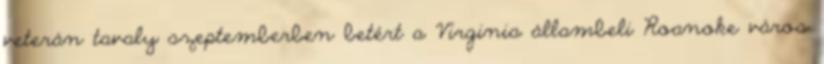
veterán tavaly szeptemberben betért a Virginia állambeli Roanoke város